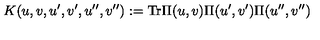
K ( u , v , u ^ { \prime } , v ^ { \prime } , u ^ { \prime \prime } , v ^ { \prime \prime } ) : = \mathrm { T r } \Pi ( u , v ) \Pi ( u ^ { \prime } , v ^ { \prime } ) \Pi ( u ^ { \prime \prime } , v ^ { \prime \prime } )